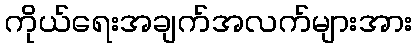
ကိုယ်ရေးအချက်အလက်များအား